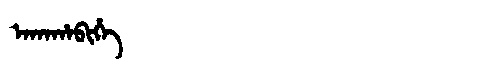
Manchu: ᠠᡴᠠᡥᠠᠪᡳᡥᡝ
Romanization: AKAHABIHE